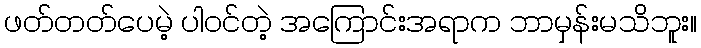
ဖတ်တတ်ပေမဲ့ ပါဝင်တဲ့ အကြောင်းအရာက ဘာမှန်းမသိဘူး။